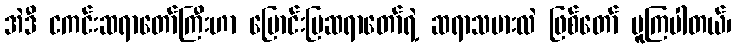
အဲဒီ ငကင်းဆရာတော်ကြီးဟာ မြောင်းမြဆရာတော်ရဲ့ ဆရာသမားလဲ ဖြစ်တော် မူကြပါတယ်၊